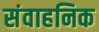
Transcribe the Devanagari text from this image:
संवाहनिक